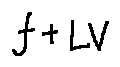
f + L V